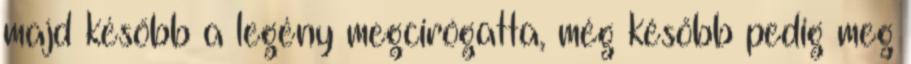
majd később a legény megcirógatta, még később pedig meg